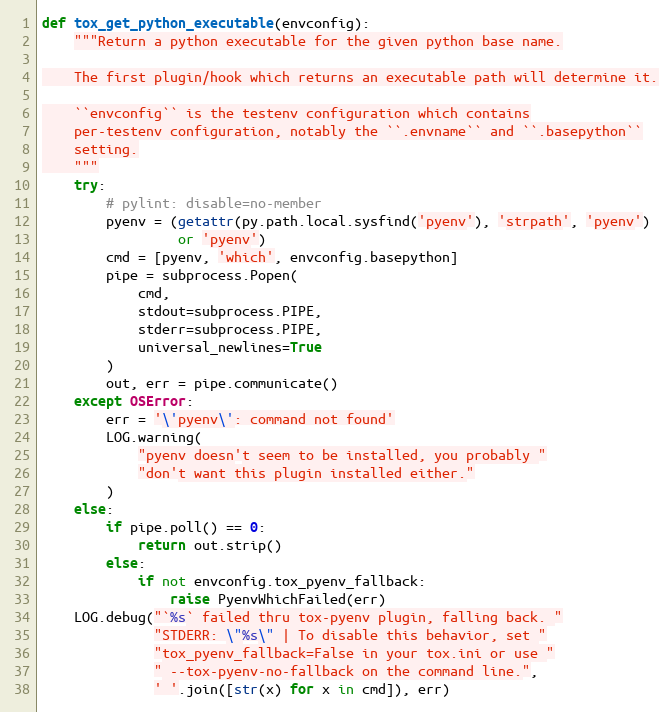
Language: Python
def tox_get_python_executable(envconfig):
    """Return a python executable for the given python base name.

    The first plugin/hook which returns an executable path will determine it.

    ``envconfig`` is the testenv configuration which contains
    per-testenv configuration, notably the ``.envname`` and ``.basepython``
    setting.
    """
    try:
        # pylint: disable=no-member
        pyenv = (getattr(py.path.local.sysfind('pyenv'), 'strpath', 'pyenv')
                 or 'pyenv')
        cmd = [pyenv, 'which', envconfig.basepython]
        pipe = subprocess.Popen(
            cmd,
            stdout=subprocess.PIPE,
            stderr=subprocess.PIPE,
            universal_newlines=True
        )
        out, err = pipe.communicate()
    except OSError:
        err = '\'pyenv\': command not found'
        LOG.warning(
            "pyenv doesn't seem to be installed, you probably "
            "don't want this plugin installed either."
        )
    else:
        if pipe.poll() == 0:
            return out.strip()
        else:
            if not envconfig.tox_pyenv_fallback:
                raise PyenvWhichFailed(err)
    LOG.debug("`%s` failed thru tox-pyenv plugin, falling back. "
              "STDERR: \"%s\" | To disable this behavior, set "
              "tox_pyenv_fallback=False in your tox.ini or use "
              " --tox-pyenv-no-fallback on the command line.",
              ' '.join([str(x) for x in cmd]), err)